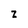
Character: Z